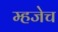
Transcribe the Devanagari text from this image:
म्हजेच